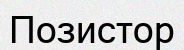
Позистор